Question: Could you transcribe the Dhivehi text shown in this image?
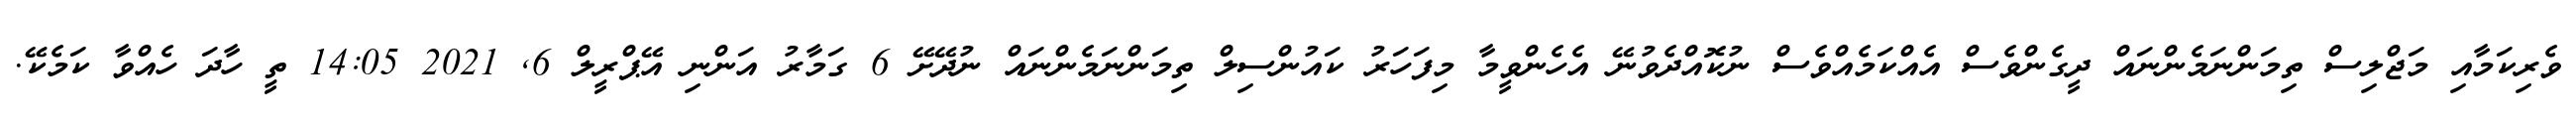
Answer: ވެރިކަމާއި މަޖްލިސް ތިމަންނަމެންނައް ދީގެންވެސް އެއްކަމެއްވެސް ނުކޮއްދެވުނޭ އެހެންވީމާ މިފަހަރު ކައުންސިލް ތިމަންނަމެންނައް ނުދޭށޭ 6 ގަމާރު އަންނި އޭޕްރީލް 6, 2021 14:05 ތީ ހާދަ ހެއްވާ ކަމެކޭ.